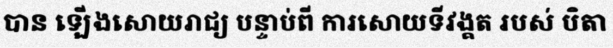
បាន ឡើងសោយរាជ្យ បន្ទាប់ពី ការសោយទីវង្គត របស់ បិតា